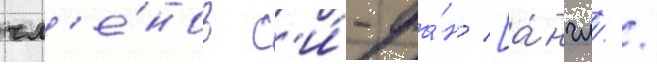
чл'е́нов с'и́-фа́н [а́нгл. /